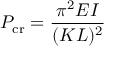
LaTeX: P _ { \mathrm { c r } } = { \frac { \pi ^ { 2 } E I } { ( K L ) ^ { 2 } } }